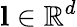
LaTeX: \mathbf{l}\in\mathbb{R}^{d}